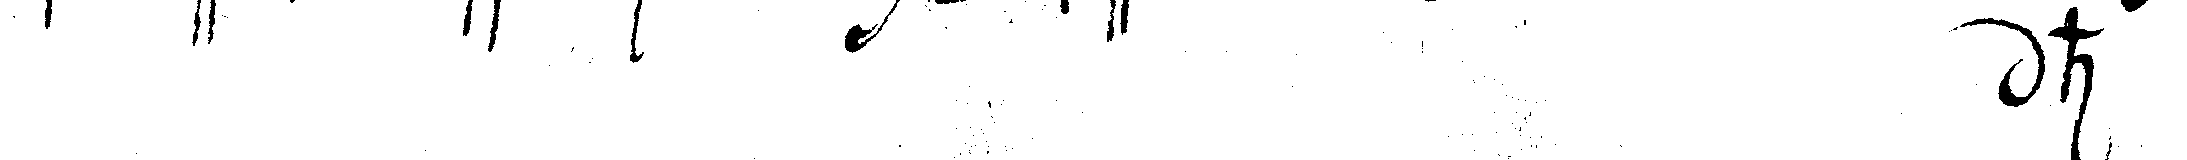
# h